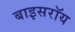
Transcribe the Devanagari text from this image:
बाइसरॉय